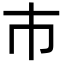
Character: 巿